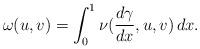
LaTeX: \begin{align*}\omega(u,v)=\int_0^1\nu(\frac{d\gamma}{dx},u,v)\,dx.\end{align*}